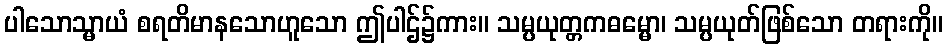
ပါသောသ္မာယံ စရတိမာနသောဟူသော ဤပါဌ်၌ကား။ သမ္ပယုတ္တကဓမ္မော၊ သမ္ပယုတ်ဖြစ်သော တရားကို။